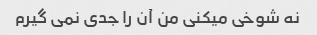
نه شوخی میکنی من آن را جدی نمی گیرم